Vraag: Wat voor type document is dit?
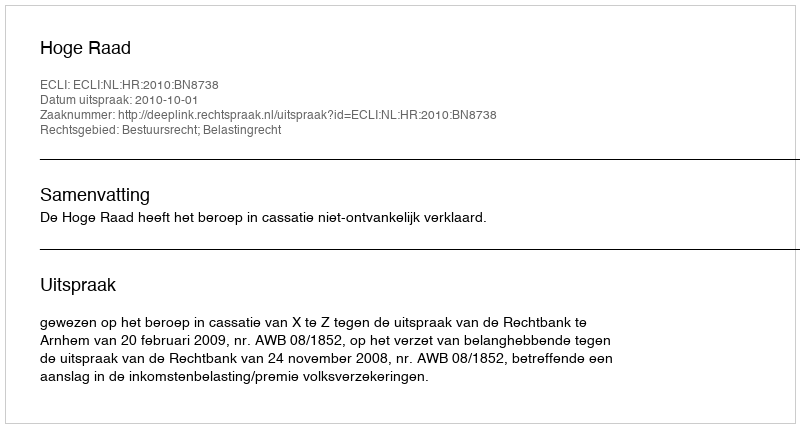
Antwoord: Uitspraak